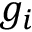
g _ { i }